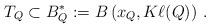
LaTeX: \begin{align*}T_Q \subset B_Q^*:= B\left(x_Q,K\ell(Q)\right)\,.\end{align*}